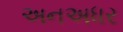
અનઅધર